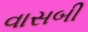
વાસબી